Sanitation, dispensaries and jails vaccination Rajputana 1922-1927 - 1922-1927
Year: 1922
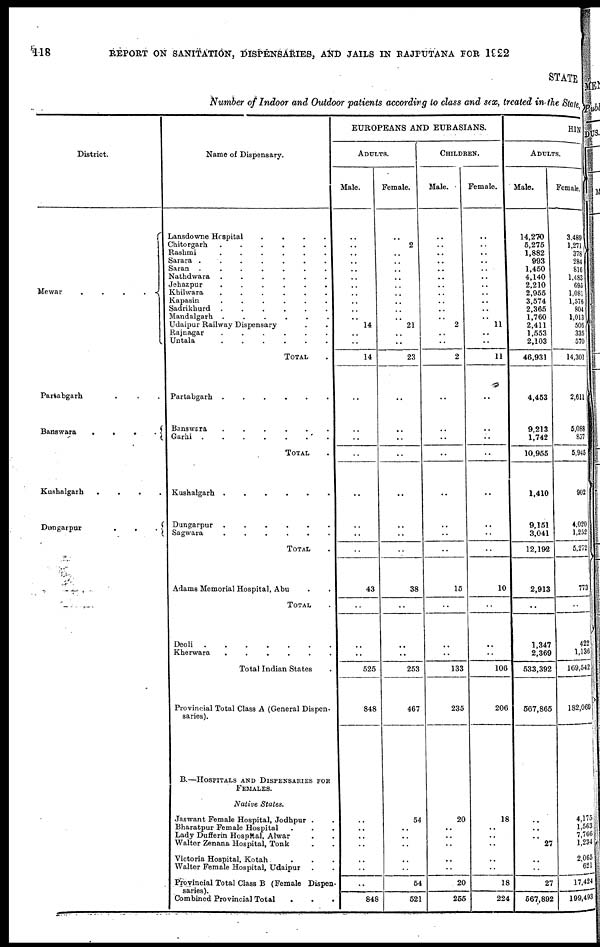
118
REPORT ON SANITATION, DISPENSARIES, AND JAILS IN RAJPUTANA FOR 1922
STATE
Number of Indoor and Outdoor patients according to class and sex, treated in the State,
District.
Mewar....
Partabgarh...
Banswara....
Kushalgarh....
Dungarpur...
Name of Dispensary.
Lansdowne Hospital....
Chitorgarh......
Rashmi......
Sarara.......
Saran.......
Nathdwara......
Jehazpur......
Khihvara......
Kapasin......
Sadrikhurd......
Mandalgarh......
Udaipur Railway Dispensary..
Rajnagar......
Untala......
TOTAL.
Partabgarh......
Banswara......
Garhi.......
TOTAL.
Kushalgarh......
Dungarpur......
Sagwara......
TOTAL.
Adams Memorial Hospital, Abu..
TOTAL.
Deoli
Kherwara......
Total Indian States.
Provincial Total Class A (General Dispen-
saries).
B.—HOSPITALS AND DISPENSARIES FOR
FEMALES.
Native States.
Jaswant Female Hospital, Jodhpur..
Bharatpur Female Hospital...
Lady Dufferin Hospital, Alwar..
Walter Zenana Hospital, Tonk..
Victoria Hospital, Kotah...
Walter Female Hospital, Udaipur..
Provincial Total Class B (Female Dispen-
saries).
Combined Provincial Total...
EUROPEANS AND EURASIANS.
ADULTS.
Male.
..
..
..
..
..
..
..
..
..
..
..
14
..
..
14
..
..
..
..
..
..
..
..
43
..
..
..
525
848
..
..
..
..
..
..
..
848
Female.
..
2
..
..
..
..
..
..
..
..
.. 21
..
..
23
..
..
..
..
..
..
..
..
38
..
..
..
253
467
54
..
..
..
..
..
54
521
CHILDREN.
Male.
..
..
..
..
..
..
..
..
..
..
..
2
..
..
2
..
..
..
..
..
..
..
..
15
..
..
..
133
235
20
..
..
..
..
..
20
255
Female.
..
..
..
..
..
..
..
..
..
..
..
11
..
..
11
..
..
..
..
..
..
..
..
10
..
..
..
106
206
18
..
..
..
..
..
18
224
HIN
ADULTS.
Male.
14,270
5,275
1,882
993
1,450
4,140
2,210
2,955
3,574
2,365
1,760
2,411
1,553
2,103
46,931
4,453
9,213
1,742
10,955
1,410
9,151
3,041
12,192
2,913
..
1,347
2,369
533,392
567,865
..
..
..
27
..
..
27
567,892
Female.
3,489
1,271
378
284
816
1,483
695
1,081
1,576
804
1,013
506
335
570
14,301
2,611
5,088
837
5,945
902
4,020
1,252
5,272
773
..
422
1,136
169,542
182,069
4,175
1,563
7,766
1,234
2,065
621
17,424
199,493